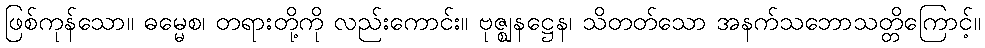
ဖြစ်ကုန်သော။ ဓမ္မေစ၊ တရားတို့ကို လည်းကောင်း။ ဗုဇ္ဈနဋ္ဌေန၊ သိတတ်သော အနက်သဘောသတ္တိကြောင့်။